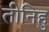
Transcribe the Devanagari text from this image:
तीनिहु